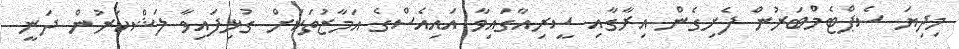
މިދިޔަ ސެޕްޓެމްބަރުން ފެށިގެން އިރާގާއި ސީރިއާގައިވާ އައިއެސްގެ އަމާޒުތަކަށް ގުޅިފައިވާ ލަޝްކަރުން ދަނީ